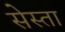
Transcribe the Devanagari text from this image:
सेस्ता